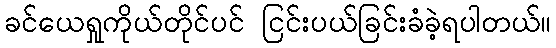
ခင်ယေရှုကိုယ်တိုင်ပင် ငြင်းပယ်ခြင်းခံခဲ့ရပါတယ်။